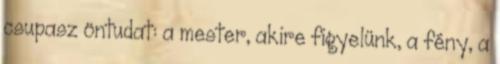
csupasz öntudat: a mester, akire figyelünk, a fény, a